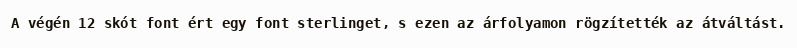
A végén 12 skót font ért egy font sterlinget, s ezen az árfolyamon rögzítették az átváltást.